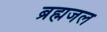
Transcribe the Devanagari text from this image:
ब्रह्मजल